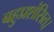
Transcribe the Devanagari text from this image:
बहुप्रशंसित।